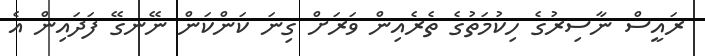
ރައީސް ނާސިރުގެ ހިކުމަތުގެ ތެރެއިން ވަރަށް ގިނަ ކަންކަން ނޭނގޭ ފަދައިން އެ